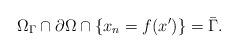
LaTeX: \begin{align*}\Omega_{\Gamma} \cap \partial \Omega \cap \{x_n = f(x')\} = \bar\Gamma.\end{align*}